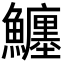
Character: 𩼼